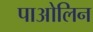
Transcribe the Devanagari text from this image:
पाओलिन